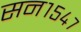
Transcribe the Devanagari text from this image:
सन१५४७